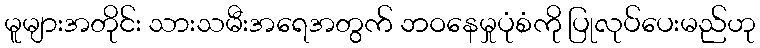
မူများအတိုင်း သားသမီးအရေအတွက် ဘဝနေမှုပုံစံကို ပြုလုပ်ပေးမည်ဟု